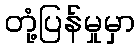
တုံ့ပြန်မှုမှာ